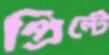
প্রিন্টে